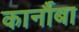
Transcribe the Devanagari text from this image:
कार्नौबा